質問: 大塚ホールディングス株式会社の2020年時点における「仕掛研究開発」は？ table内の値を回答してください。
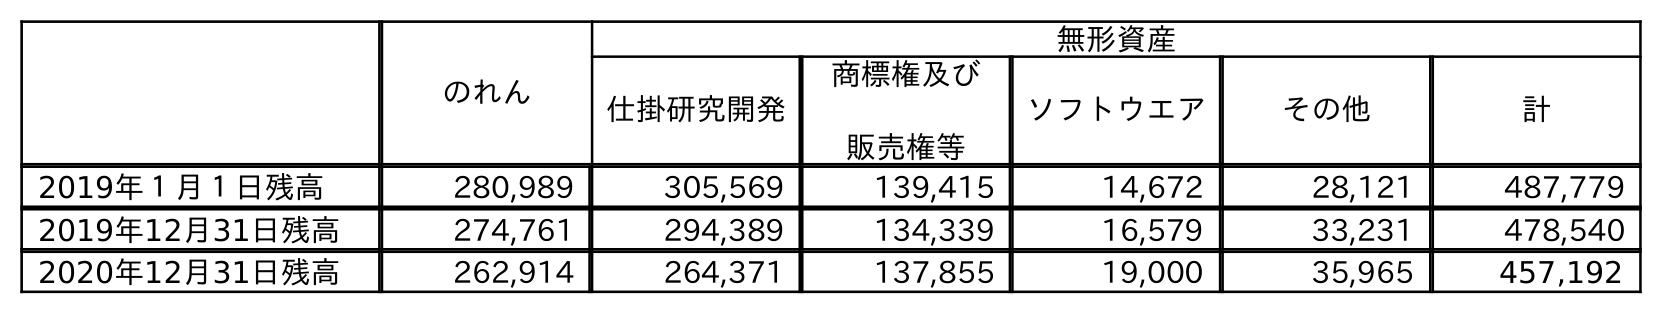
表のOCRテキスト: のれん 無形資産 仕掛研究開発 商標権及び 販売権等 ソフトウエア その他 計 2019年１月１日残高 280,989 305,569 139,415 14,672 28,121 487,779 2019年12月31日残高 274,761 294,389 134,339 16,579 33,231 478,540 2020年12月31日残高 262,914 264,371 137,855 19,000 35,965 457,192
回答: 264,371